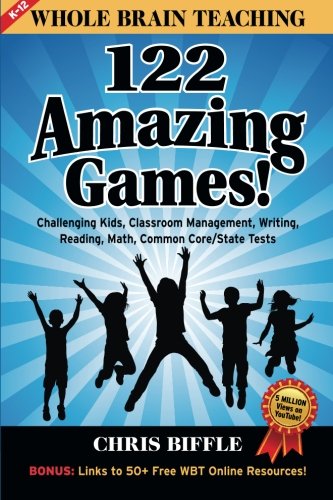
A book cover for Whole Brain Teaching:  122 Amazing Games!: Challenging kids, classroom management, writing, reading, math, Common Core/State tests; Chris Biffle; Education & Teaching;